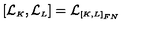
[ { \cal L } _ { \scriptscriptstyle K } , { \cal L } _ { \scriptscriptstyle L } ] = { \cal L } _ { \scriptscriptstyle [ K , L ] _ { F N } }